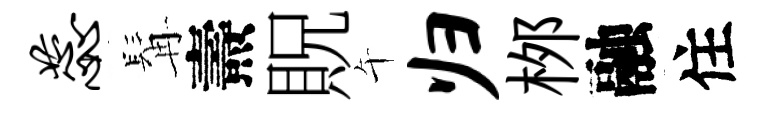
蕊髯燾貺午归桞融住